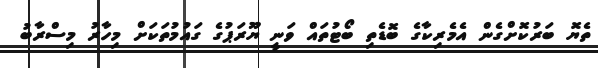
ތެޔޮ ބަރުކޮށްގެން އެމެރިކާގެ ބޮޑެތި ބޯޓުތައް ވަނީ ޔޫރަޕުގެ ގައުމުތަކަށް މިހާރު މިސްރާބު